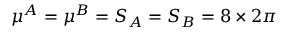
\mu ^ { A } = \mu ^ { B } = S _ { A } = S _ { B } = 8 \times 2 \pi